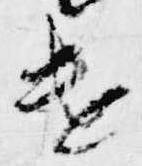
遣